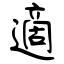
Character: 適